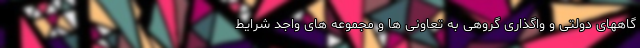
گاههای دولتی و واگذاری گروهی به تعاونی ها و مجموعه های واجد شرایط